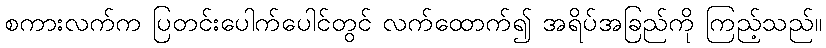
စကားလက်က ပြတင်းပေါက်ပေါင်တွင် လက်ထောက်၍ အရိပ်အခြည်ကို ကြည့်သည်။